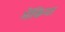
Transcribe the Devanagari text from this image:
मेंकिया